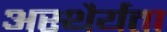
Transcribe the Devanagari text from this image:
अस्थैर्यता